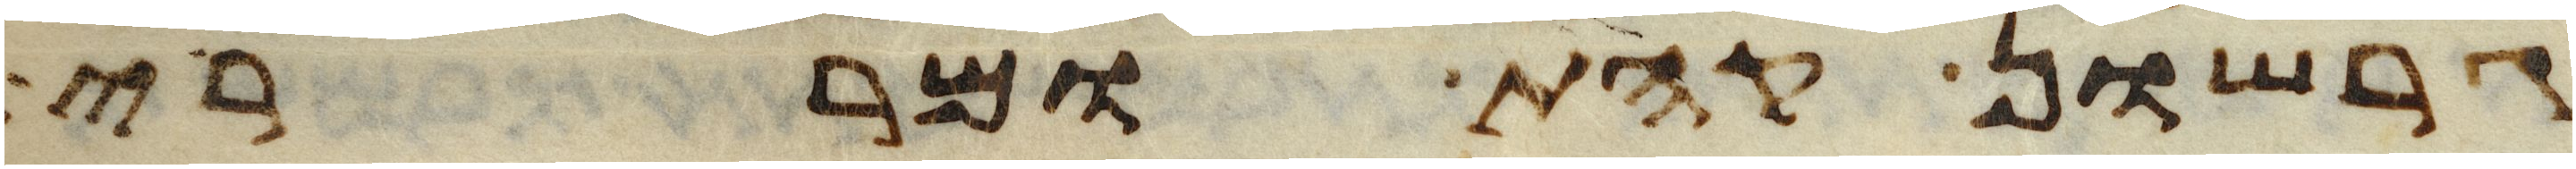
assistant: גרשון קהת ומררי